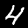
Label: 4